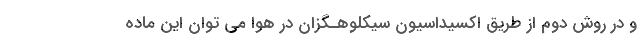
و در روش دوم از طریق اکسیداسیون سیکلوهـگزان در هوا می توان این ماده